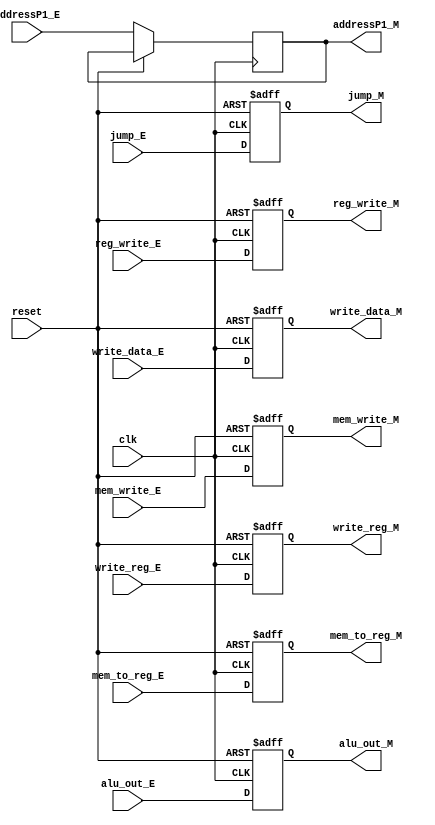
module INSTRUCTION_EXCUTE_REG
(
	input wire clk,
	input wire reset,
	input wire jump_E,
	input wire [4:0] addressP1_E,
	input wire reg_write_E,
	input wire mem_to_reg_E,
	input wire mem_write_E,
	input wire [31:0] alu_out_E,
	input wire [31:0] write_data_E,
	input wire [4:0] write_reg_E,
	output reg reg_write_M,
	output reg mem_to_reg_M,
	output reg mem_write_M,
	output reg [31:0] alu_out_M,
	output reg [31:0] write_data_M,
	output reg [4:0] write_reg_M,
	output reg [4:0] addressP1_M,
	output reg jump_M
	
);

	initial begin

	end
	
	always@(posedge clk, posedge reset) begin
		if(reset) begin
			reg_write_M <= 1'b0;
			mem_to_reg_M <= 1'b0; 
			mem_write_M <= 1'b0;
			alu_out_M <= 0;
			write_data_M <= 0;
			write_reg_M <= 5'b0;
			jump_M <= 0;
		end
		else begin
			addressP1_M=addressP1_E;
			reg_write_M = reg_write_E;
			mem_to_reg_M = mem_to_reg_E; 
			mem_write_M = mem_write_E;
			alu_out_M = alu_out_E;
			write_data_M = write_data_E;
			write_reg_M = write_reg_E;
			jump_M = jump_E;
		end
	end
endmodule